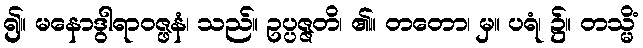
၍။ မနောဒွါရာဝဇ္ဖနံ၊ သည်။ ဥပ္ပဇ္ဇတိ၊ ၏။ တတော၊ မှ။ ပရံ၊ ၌။ တသ္မိံ